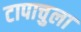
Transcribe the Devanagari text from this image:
टापाचुला